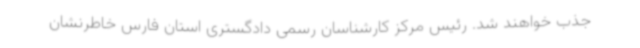
جذب خواهند شد. رئیس مرکز کارشناسان رسمی دادگستری استان فارس خاطرنشان